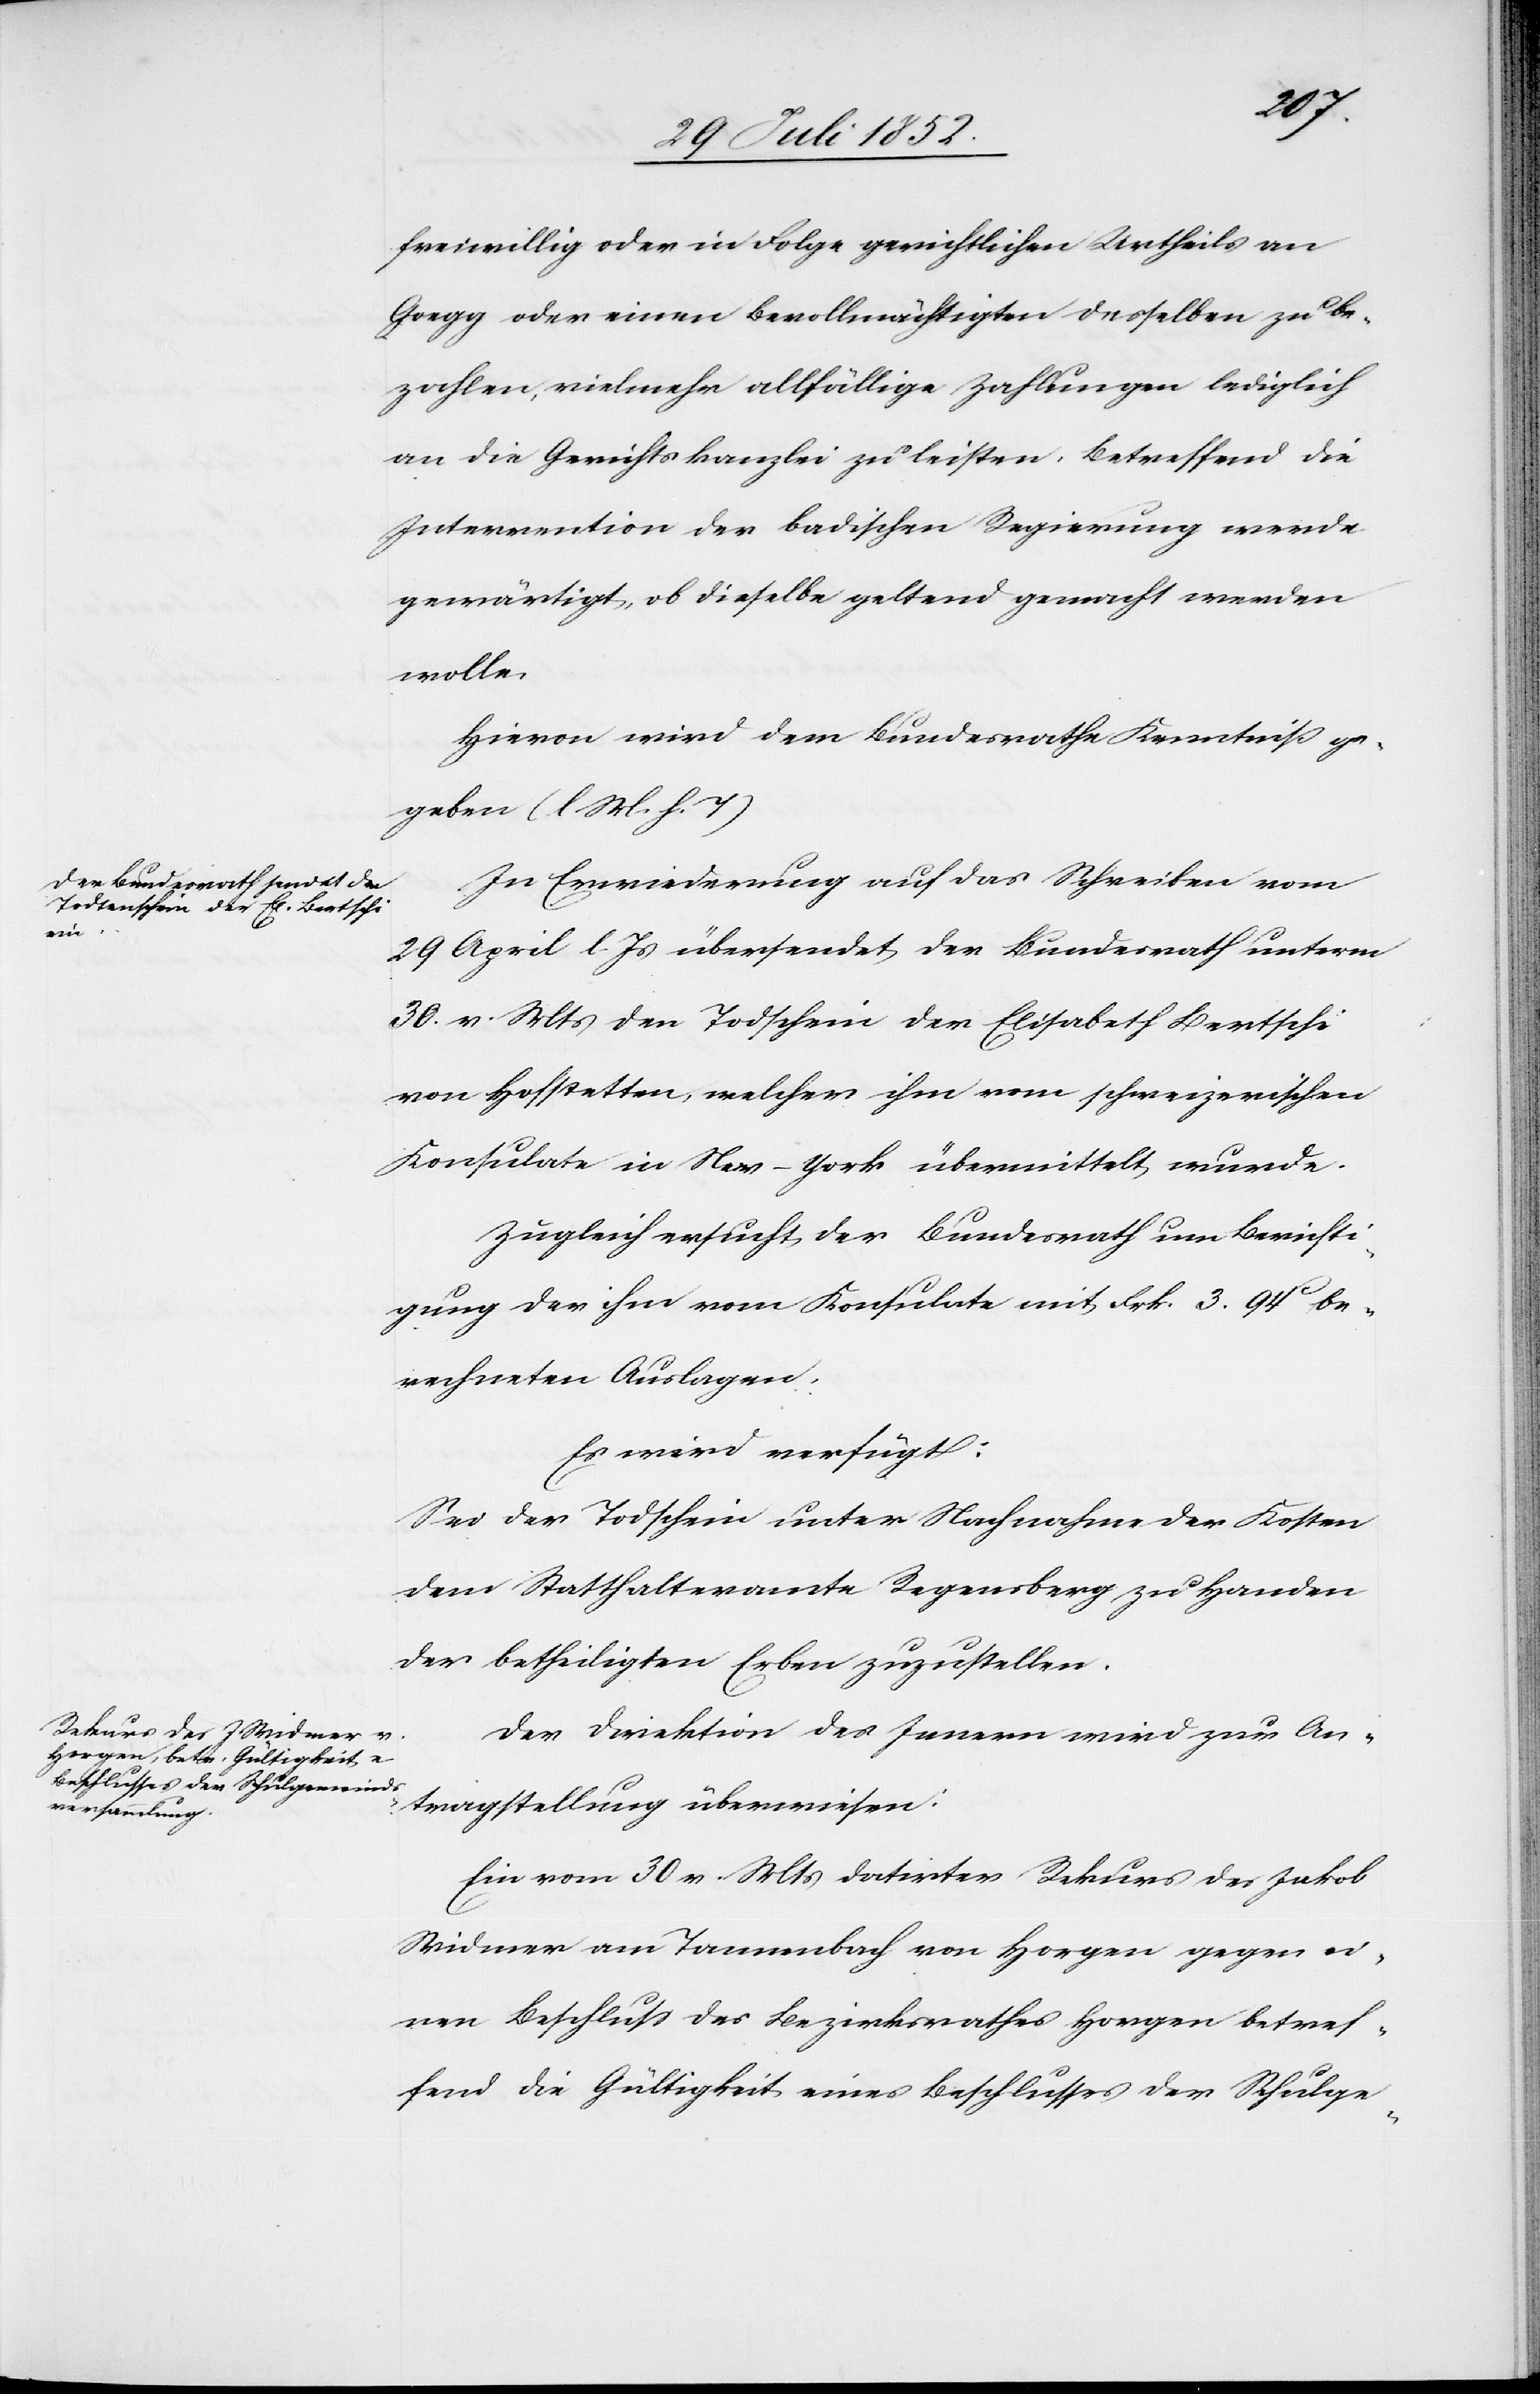
den

2t.
freiwillig oder in Folge gerichtlichen Urtheils an
Goegg oder einen Bevollmächtigten desselben zu be¬
zahlen, vielmehr allfällige Zahlungen lediglich
an die Gerichtskanzlei zu leisten. Betreffend die
Intervention der badischen Regierung werde
gewärtigt, ob dieselbe geltend gemacht werden
wolle.
Hievon wird dem Bundesrathe Kenntniß ge¬
geben (l M. h. T)[.]
In Erwiederung auf das Schreiben vom
29 April l. Js übersendet der Bundesrath unterm
30. v. Mts den Todschein der Elisabeth Bertschi
von Hofstetten, welcher ihm vom schweizerischen
Konsulate in New-York übermittelt wurde.
Zugleich ersucht der Bundesrath um Berichti¬
gung der ihm vom Konsulate mit Frk. 3. 94 be¬
rechneten Auslagen.
Es wird verfügt:
Sei der Todschein unter Nachnahme der Kosten
dem Statthalteramte Regensberg zu Handen
der betheiligten Erben zuzustellen.
Der Direktion des Innern wird zur An¬
tragstellung überwiesen:
Ein vom 30 v. Mts datirter Rekurs des Jakob
Widmer am Tannenbach von Horgen gegen ei¬
nen Beschluss des Bezirksrathes Horgen betref¬
fend die Gültigkeit eines Beschlusses der Schulge-